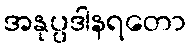
အနုပ္ပဒါနရတော